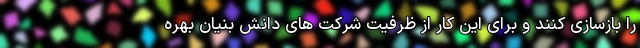
را بازسازی کنند و برای این کار از ظرفیت شرکت های دانش بنیان بهره